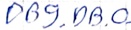
Text: DB9.DB.0